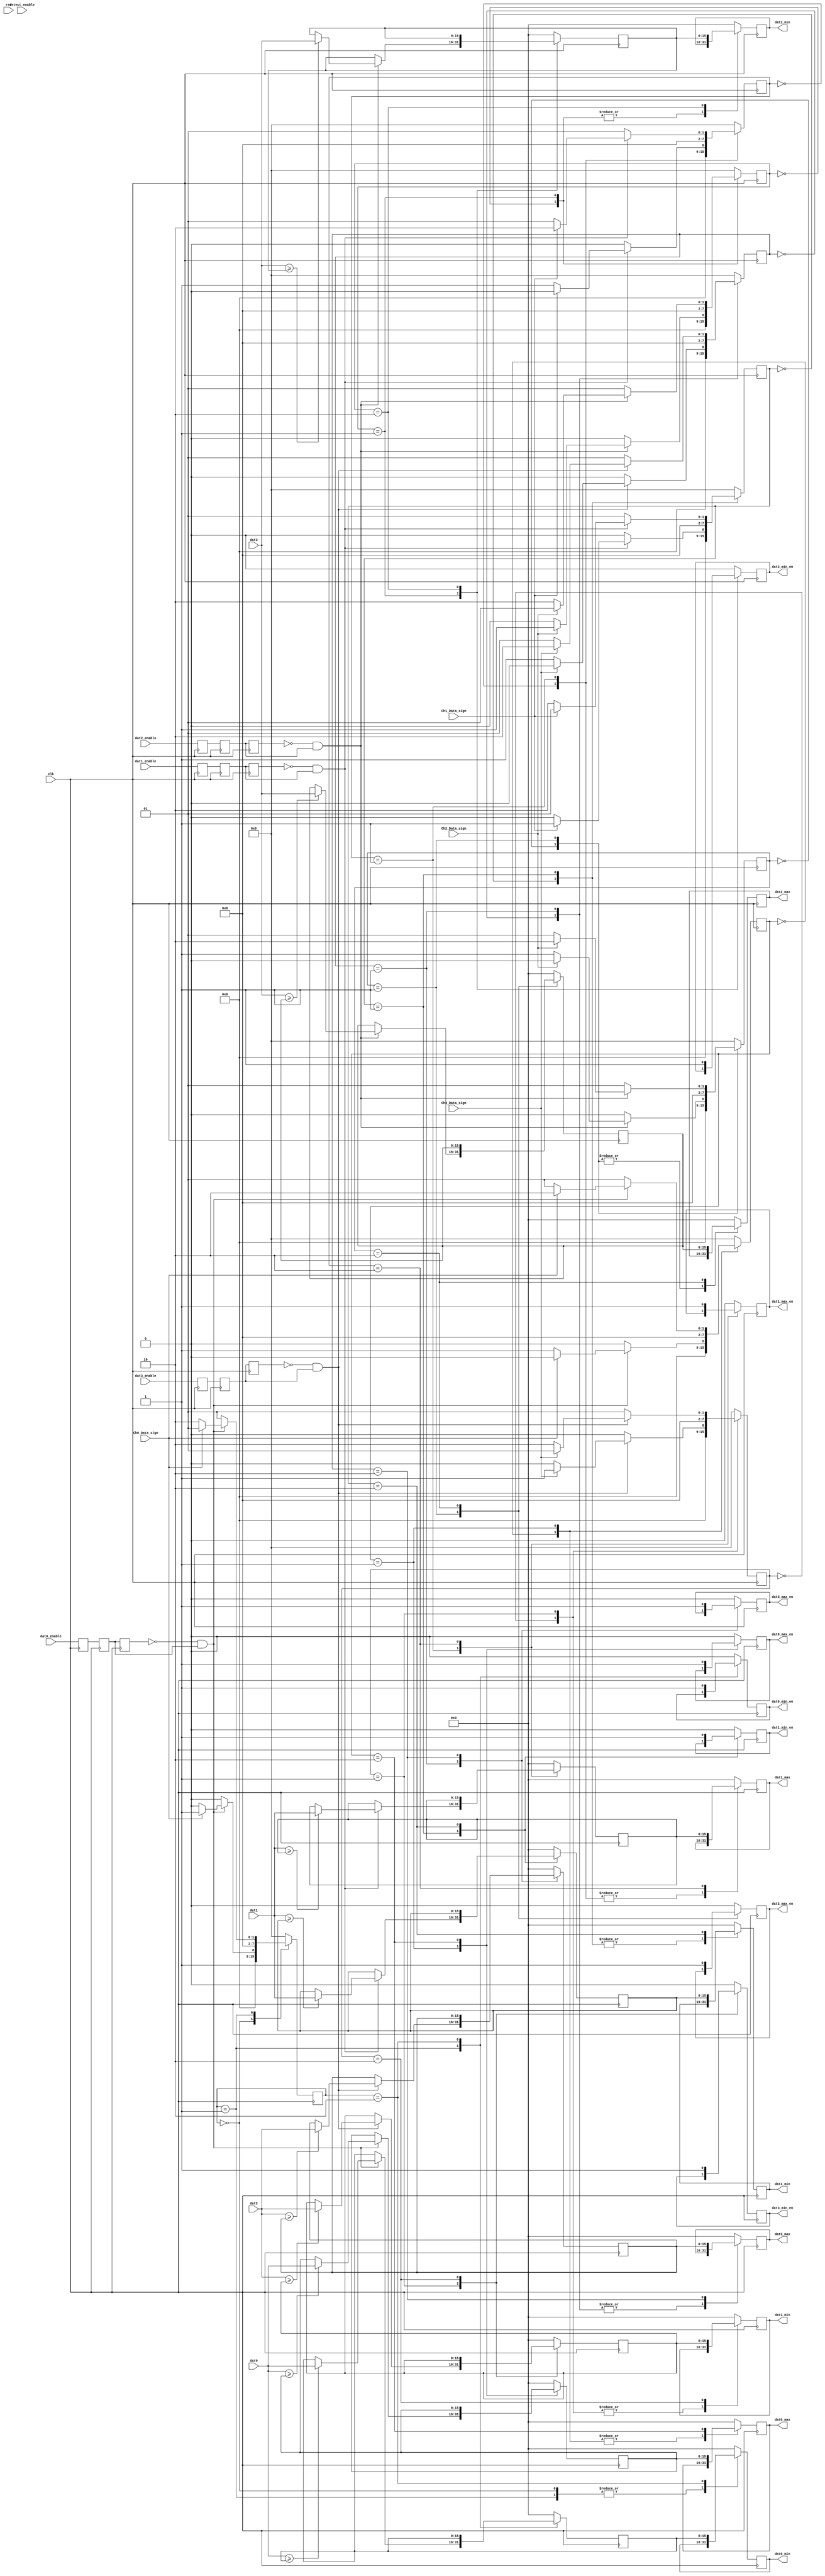

`timescale 1ns / 1ns
module search_pole(
    input clk,rst,
	 input detect_enable,
	 
	 input dat0_enable,dat1_enable,dat2_enable,dat3_enable,
	 input [15:0]dat0,dat1,dat2,dat3,
	 
	 input Ch0_Data_sign,
	 input Ch1_Data_sign,
	 input Ch2_Data_sign,
	 input Ch3_Data_sign,
	 
	 output reg[15:0] dat0_max,dat1_max,dat2_max,dat3_max,
	 output reg dat0_max_en,dat1_max_en,dat2_max_en,dat3_max_en,
	 output reg[15:0] dat0_min,dat1_min,dat2_min,dat3_min,
	 output reg dat0_min_en,dat1_min_en,dat2_min_en,dat3_min_en
	 );
	 
wire pos_dat0_enable,neg_dat0_enable;
wire pos_dat1_enable,neg_dat1_enable;
wire pos_dat2_enable,neg_dat2_enable;
wire pos_dat3_enable,neg_dat3_enable;

reg dat0_enable_r0,dat0_enable_r1,dat0_enable_r2;
reg dat1_enable_r0,dat1_enable_r1,dat1_enable_r2;
reg dat2_enable_r0,dat2_enable_r1,dat2_enable_r2;
reg dat3_enable_r0,dat3_enable_r1,dat3_enable_r2;

always@(posedge clk)
	begin
		dat0_enable_r0<=dat0_enable;
		dat0_enable_r1<=dat0_enable_r0;
		dat0_enable_r2<=dat0_enable_r1;
		
		dat1_enable_r0<=dat1_enable;
		dat1_enable_r1<=dat1_enable_r0;
		dat1_enable_r2<=dat1_enable_r1;
		
		dat2_enable_r0<=dat2_enable;
		dat2_enable_r1<=dat2_enable_r0;
		dat2_enable_r2<=dat2_enable_r1;
		
		dat3_enable_r0<=dat3_enable;
		dat3_enable_r1<=dat3_enable_r0;
		dat3_enable_r2<=dat3_enable_r1;
	end

assign pos_dat0_enable=(~dat0_enable_r2)&dat0_enable_r1;
assign pos_dat1_enable=(~dat1_enable_r2)&dat1_enable_r1;
assign pos_dat2_enable=(~dat2_enable_r2)&dat2_enable_r1;
assign pos_dat3_enable=(~dat3_enable_r2)&dat3_enable_r1;

assign neg_dat0_enable=dat0_enable_r2&(~dat0_enable_r1); 
assign neg_dat1_enable=dat1_enable_r2&(~dat1_enable_r1); 
assign neg_dat2_enable=dat2_enable_r2&(~dat2_enable_r1); 
assign neg_dat3_enable=dat3_enable_r2&(~dat3_enable_r1); 

reg [15:0]dat0_max_temp;
reg [15:0]dat1_max_temp;
reg [15:0]dat2_max_temp;
reg [15:0]dat3_max_temp;

(*syn_preserve = 1*)reg [7:0]dat0_max_state;
(*syn_preserve = 1*)reg [7:0]dat1_max_state;
(*syn_preserve = 1*)reg [7:0]dat2_max_state;
(*syn_preserve = 1*)reg [7:0]dat3_max_state;

always@(posedge clk)
	begin
		case(dat0_max_state)
				0:begin
					if(pos_dat0_enable)
						begin
							if(!Ch0_Data_sign)dat0_max_state<=1;
							else dat0_max_state<=0;
						end
					else dat0_max_state<=0;
					dat0_max_en<=0;
					dat0_max_temp	<=0;end
				1:begin//Hmax
					if(pos_dat0_enable)
						begin
							if(Ch0_Data_sign)dat0_max_state<=2;
							else dat0_max_state<=1;
							if(dat0>=dat0_max_temp)dat0_max_temp<=dat0;
							else	dat0_max_temp<=dat0_max_temp;
						end
					else dat0_max_state<=1;
					end
				2:begin
					dat0_max			<=dat0_max_temp;
					dat0_max_en		<=1;
					dat0_max_state	<=0;end	
				default:begin
						dat0_max_state<=0;
						dat0_max		  <=0;
						dat0_max_en	  <=0;
						dat0_max_temp <=0;end
		endcase
		
		case(dat1_max_state)
				0:begin
					if(pos_dat1_enable)
						begin
							if(!Ch1_Data_sign)dat1_max_state<=1;
							else dat1_max_state<=0;
						end
					else dat1_max_state<=0;
					dat1_max_en<=0;
					dat1_max_temp	<=0;end
				1:begin//Hmax
					if(pos_dat1_enable)
						begin
							if(Ch1_Data_sign)dat1_max_state<=2;
							else dat1_max_state<=1;
							if(dat1>=dat1_max_temp)dat1_max_temp<=dat1;
							else	dat1_max_temp<=dat1_max_temp;
						end
					else dat1_max_state<=1;
					end
				2:begin
					dat1_max			<=dat1_max_temp;
					dat1_max_en		<=1;
					dat1_max_state	<=0;end	
				default:begin
						dat1_max_state<=0;
						dat1_max		  <=0;
						dat1_max_en	  <=0;
						dat1_max_temp <=0;end
		endcase
		
		case(dat2_max_state)
				0:begin
					if(pos_dat2_enable)
						begin
							if(!Ch2_Data_sign)dat2_max_state<=1;
							else dat2_max_state<=0;
						end
					else dat2_max_state<=0;
					dat2_max_en<=0;
					dat2_max_temp	<=0;end
				1:begin//Hmax
					if(pos_dat2_enable)
						begin
							if(Ch2_Data_sign)dat2_max_state<=2;
							else dat2_max_state<=1;
							if(dat2>=dat2_max_temp)dat2_max_temp<=dat2;
							else	dat2_max_temp<=dat2_max_temp;
						end
					else dat2_max_state<=1;
					end
				2:begin
					dat2_max			<=dat2_max_temp;
					dat2_max_en		<=1;
					dat2_max_state	<=0;end	
				default:begin
						dat2_max_state<=0;
						dat2_max		  <=0;
						dat2_max_en	  <=0;
						dat2_max_temp <=0;end
		endcase
		
		case(dat3_max_state)
				0:begin
					if(pos_dat3_enable)
						begin
							if(!Ch3_Data_sign)dat3_max_state<=1;
							else dat3_max_state<=0;
						end
					else dat3_max_state<=0;
					dat3_max_en<=0;
					dat3_max_temp	<=0;end
				1:begin//Hmax
					if(pos_dat3_enable)
						begin
							if(Ch3_Data_sign)dat3_max_state<=2;
							else dat3_max_state<=1;
							if(dat3>=dat3_max_temp)dat3_max_temp<=dat3;
							else	dat3_max_temp<=dat3_max_temp;
						end
					else dat3_max_state<=1;
					end
				2:begin
					dat3_max			<=dat3_max_temp;
					dat3_max_en		<=1;
					dat3_max_state	<=0;end	
				default:begin
						dat3_max_state<=0;
						dat3_max		  <=0;
						dat3_max_en	  <=0;
						dat3_max_temp <=0;end
		endcase
	end
	
reg [15:0]dat0_min_temp;
reg [15:0]dat1_min_temp;
reg [15:0]dat2_min_temp;
reg [15:0]dat3_min_temp;

reg [7:0]dat0_min_state;
reg [7:0]dat1_min_state;
reg [7:0]dat2_min_state;
reg [7:0]dat3_min_state;
	
always@(posedge clk)
	begin
		case(dat0_min_state)
				0:begin
					if(pos_dat0_enable)
						begin
							if(Ch0_Data_sign)dat0_min_state<=1;
							else dat0_min_state<=0;
						end
					else dat0_min_state<=0;
					dat0_min_en		<=0;
					dat0_min_temp	<=0;end
				1:begin//Lmin
					if(pos_dat0_enable)
						begin
							if(!Ch0_Data_sign)dat0_min_state<=2;
							else dat0_min_state<=1;
							if(dat0>=dat0_min_temp)dat0_min_temp<=dat0;
							else	dat0_min_temp<=dat0_min_temp;
						end
					else dat0_min_state<=1;
					end
				2:begin
					dat0_min			<=dat0_min_temp;
					dat0_min_en		<=1;
					dat0_min_state	<=0;end	
				default:begin
						dat0_min_state<=0;
						dat0_min		  <=0;
						dat0_min_en	  <=0;
						dat0_min_temp <=0;end
		endcase
		
		case(dat1_min_state)
				0:begin
					if(pos_dat1_enable)
						begin
							if(Ch1_Data_sign)dat1_min_state<=1;
							else dat1_min_state<=0;
						end
					else dat1_min_state<=0;
					dat1_min_en		<=0;
					dat1_min_temp	<=0;end
				1:begin//Lmin
					if(pos_dat1_enable)
						begin
							if(!Ch1_Data_sign)dat1_min_state<=2;
							else dat1_min_state<=1;
							if(dat1>=dat1_min_temp)dat1_min_temp<=dat1;
							else	dat1_min_temp<=dat1_min_temp;
						end
					else dat1_min_state<=1;
					end
				2:begin
					dat1_min			<=dat1_min_temp;
					dat1_min_en		<=1;
					dat1_min_state	<=0;end	
				default:begin
						dat1_min_state<=0;
						dat1_min		  <=0;
						dat1_min_en	  <=0;
						dat1_min_temp <=0;end
		endcase
		
		case(dat2_min_state)
				0:begin
					if(pos_dat2_enable)
						begin
							if(Ch2_Data_sign)dat2_min_state<=1;
							else dat2_min_state<=0;
						end
					else dat2_min_state<=0;
					dat2_min_en		<=0;
					dat2_min_temp	<=0;end
				1:begin//Lmin
					if(pos_dat2_enable)
						begin
							if(!Ch2_Data_sign)dat2_min_state<=2;
							else dat2_min_state<=1;
							if(dat2>=dat2_min_temp)dat2_min_temp<=dat2;
							else	dat2_min_temp<=dat2_min_temp;
						end
					else dat2_min_state<=1;
					end
				2:begin
					dat2_min			<=dat2_min_temp;
					dat2_min_en		<=1;
					dat2_min_state	<=0;end	
				default:begin
						dat2_min_state<=0;
						dat2_min		  <=0;
						dat2_min_en	  <=0;
						dat2_min_temp <=0;end
		endcase
		
		case(dat3_min_state)
				0:begin
					if(pos_dat3_enable)
						begin
							if(Ch3_Data_sign)dat3_min_state<=1;
							else dat3_min_state<=0;
						end
					else dat3_min_state<=0;
					dat3_min_en		<=0;
					dat3_min_temp	<=0;end
				1:begin//Lmin
					if(pos_dat3_enable)
						begin
							if(!Ch3_Data_sign)dat3_min_state<=2;
							else dat3_min_state<=1;
							if(dat3>=dat3_min_temp)dat3_min_temp<=dat3;
							else	dat3_min_temp<=dat3_min_temp;
						end
					else dat3_min_state<=1;
					end
				2:begin
					dat3_min			<=dat3_min_temp;
					dat3_min_en		<=1;
					dat3_min_state	<=0;end	
				default:begin
						dat3_min_state<=0;
						dat3_min		  <=0;
						dat3_min_en	  <=0;
						dat3_min_temp <=0;end
		endcase
	end
	

endmodule